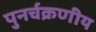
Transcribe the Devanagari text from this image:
पुनर्चक्रणीय